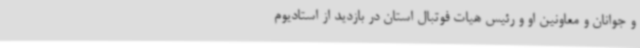
و جوانان و معاونین او و رئیس هیات فوتبال استان در بازدید از استادیوم